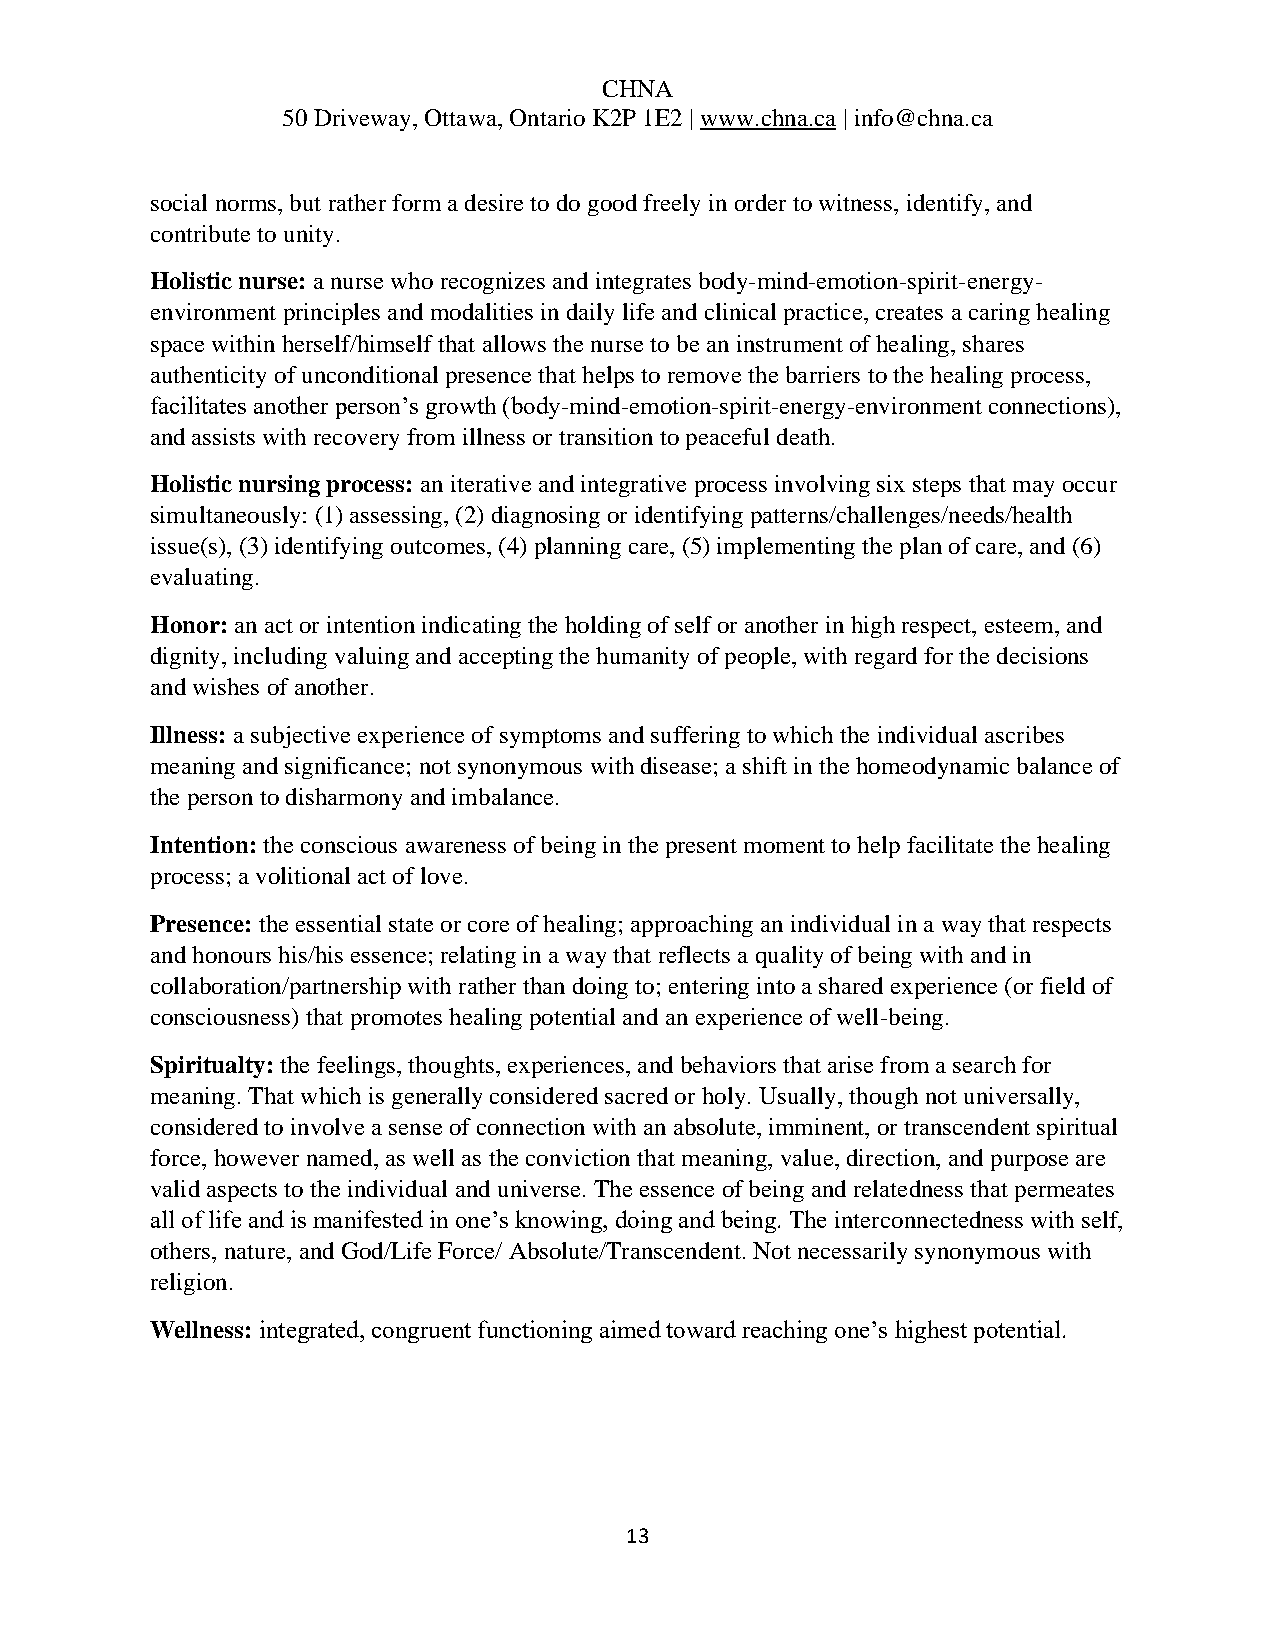
CHNA
 50 Driveway, Ottawa, Ontario K2P 1E2 | www.chna.ca | info@chna.ca
 social norms, but rather form a desire to do good freely in order to witness, identify, and
 contribute to unity.
 Holistic nurse: a nurse who recognizes and integrates body-mind-emotion-spirit-energy-
 environment principles and modalities in daily life and clinical practice, creates a caring healing
 space within herself/himself that allows the nurse to be an instrument of healing, shares
 authenticity of unconditional presence that helps to remove the barriers to the healing process,
 facilitates another person’s growth (body-mind-emotion-spirit-energy-environment connections),
 and assists with recovery from illness or transition to peaceful death.
 Holistic nursing process: an iterative and integrative process involving six steps that may occur
 simultaneously: (1) assessing, (2) diagnosing or identifying patterns/challenges/needs/health
 issue(s), (3) identifying outcomes, (4) planning care, (5) implementing the plan of care, and (6)
 evaluating.
 Honor: an act or intention indicating the holding of self or another in high respect, esteem, and
 dignity, including valuing and accepting the humanity of people, with regard for the decisions
 and wishes of another.
 Illness: a subjective experience of symptoms and suffering to which the individual ascribes
 meaning and significance; not synonymous with disease; a shift in the homeodynamic balance of
 the person to disharmony and imbalance.
 Intention: the conscious awareness of being in the present moment to help facilitate the healing
 process; a volitional act of love.
 Presence: the essential state or core of healing; approaching an individual in a way that respects
 and honours his/his essence; relating in a way that reflects a quality of being with and in
 collaboration/partnership with rather than doing to; entering into a shared experience (or field of
 consciousness) that promotes healing potential and an experience of well-being.
 Spiritualty: the feelings, thoughts, experiences, and behaviors that arise from a search for
 meaning. That which is generally considered sacred or holy. Usually, though not universally,
 considered to involve a sense of connection with an absolute, imminent, or transcendent spiritual
 force, however named, as well as the conviction that meaning, value, direction, and purpose are
 valid aspects to the individual and universe. The essence of being and relatedness that permeates
 all of life and is manifested in one’s knowing, doing and being. The interconnectedness with self,
 others, nature, and God/Life Force/ Absolute/Transcendent. Not necessarily synonymous with
 religion.
 Wellness: integrated, congruent functioning aimed toward reaching one’s highest potential.
 13